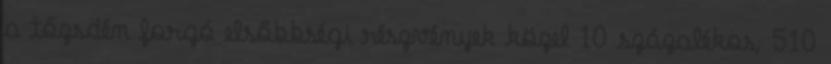
a tőzsdén forgó elsőbbségi részvények közel 10 százalékos, 510